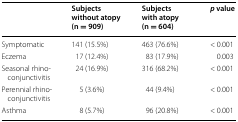
<table><thead><tr><td></td><td><b>Subjects without atopy (n = 909)</b></td><td><b>Subjects with atopy (n = 604)</b></td><td><b><i>p</i> value</b></td></tr></thead><tbody><tr><td>Symptomatic</td><td>141 (15.5%)</td><td>463 (76.6%)</td><td>&lt; 0.001</td></tr><tr><td>Eczema</td><td>17 (12.4%)</td><td>83 (17.9%)</td><td>0.003</td></tr><tr><td>Seasonal rhino-conjunctivitis</td><td>24 (16.9%)</td><td>316 (68.2%)</td><td>&lt; 0.001</td></tr><tr><td>Perennial rhino-conjunctivitis</td><td>5 (3.6%)</td><td>44 (9.4%)</td><td>&lt; 0.001</td></tr><tr><td>Asthma</td><td>8 (5.7%)</td><td>96 (20.8%)</td><td>&lt; 0.001</td></tr></tbody></table>